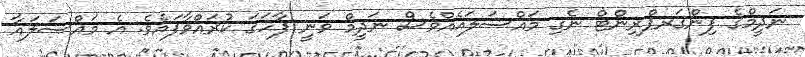
ނަދީމްގެ ފިންގަރޕްރިންޓް ނެގި މައްސަލައެއްވެސް ނަދީމް ވަނީ ފާހަގަ ކުރައްވާފައެވެ. އެ މައްސަލައާ